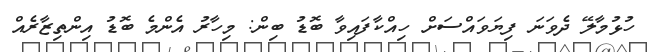
ހުޅުމާލޭ ދެވަނަ ފިޔަވައްސަށް ހިއްކާފައިވާ ބޮޑު ބިން: މިހާރު އެންމެ ބޮޑު އިންތިޒާރެއް